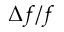
\Delta f / f